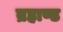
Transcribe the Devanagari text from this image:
ब्रह्राण्ड